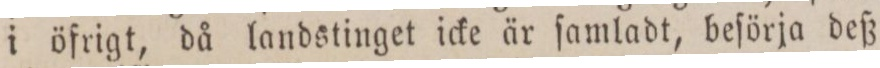
i öfrigt, då landstinget icke är ſamladt, beſörja deß